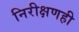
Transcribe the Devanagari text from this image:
निरीक्षणही